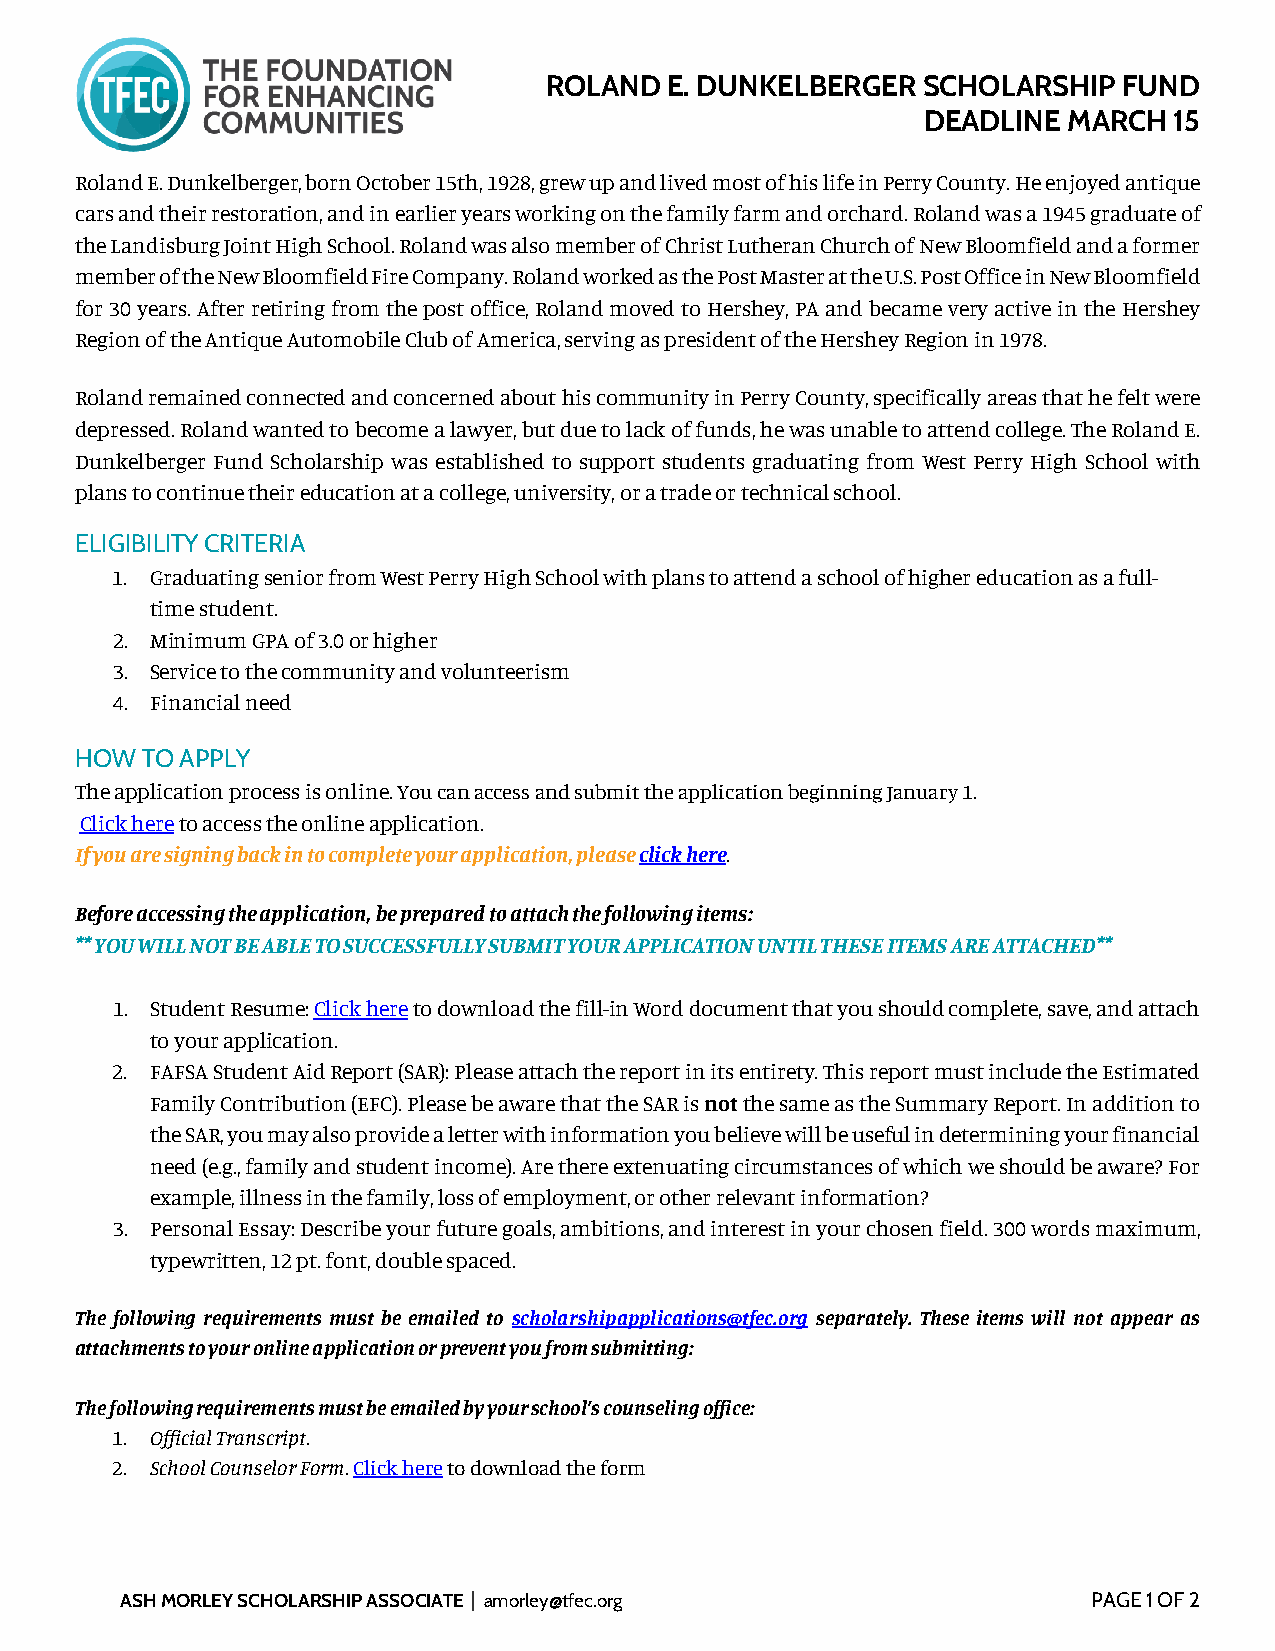
ROLAND  E. DUNKELBERGER  SCHOLARSHIP  FUND
 DEADLINE  MARCH  15
 Roland E. Dunkelberger, born October 15th, 1928, grew up and lived most of his life in Perry County. He enjoyed antique
 cars and their restoration, and in earlier years working on the family farm and orchard. Roland was a 1945 graduate of
 the Landisburg Joint High School. Roland was also member of Christ Lutheran Church of New Bloomfield and a former
 member of the New Bloomfield Fire Company. Roland worked as the Post Master at the U.S. Post Office in New Bloomfield
 for 30 years. After retiring from the post office, Roland moved to Hershey, PA and became very active in the Hershey
 Region of the Antique Automobile Club of America, serving as president of the Hershey Region in 1978.
 Roland remained connected and concerned about his community in Perry County, specifically areas that he felt were
 depressed. Roland wanted to become a lawyer, but due to lack of funds, he was unable to attend college. The Roland E.
 Dunkelberger Fund Scholarship was established to support students graduating from West Perry High School with
 plans to continue their education at a college, university, or a trade or technical school.
 ELIGIBILITY CRITERIA
 1. Graduating senior from West Perry High School with plans to attend a school of higher education as a full-
 time student.
 2. Minimum GPA of 3.0 or higher
 3. Service to the community and volunteerism
 4. Financial need
 HOW TO APPLY
 The application process is online. You can access and submit the application beginning January 1.
 Click here to access the online application.
 If you are signing back in to complete your application, please click here.
 Before accessing the application, be prepared to attach the following items:
 ** YOU WILL NOT BE ABLE TO SUCCESSFULLY SUBMIT YOUR APPLICATION UNTIL THESE ITEMS ARE ATTACHED**
 1. Student Resume: Click here to download the fill-in Word document that you should complete, save, and attach
 to your application.
 2. FAFSA Student Aid Report (SAR): Please attach the report in its entirety. This report must include the Estimated
 Family Contribution (EFC). Please be aware that the SAR is not the same as the Summary Report. In addition to
 the SAR, you may also provide a letter with information you believe will be useful in determining your financial
 need (e.g., family and student income). Are there extenuating circumstances of which we should be aware? For
 example, illness in the family, loss of employment, or other relevant information?
 3. Personal Essay: Describe your future goals, ambitions, and interest in your chosen field. 300 words maximum,
 typewritten, 12 pt. font, double spaced.
 The following requirements must be emailed to scholarshipapplications@tfec.org separately. These items will not appear as
 attachments to your online application or prevent you from submitting:
 The following requirements must be emailed by your school’s counseling office:
 1. Official Transcript.
 2. School Counselor Form. Click here to download the form
 ASH MORLEY SCHOLARSHIP ASSOCIATE | amorley@tfec.org             PAGE 1 OF 2